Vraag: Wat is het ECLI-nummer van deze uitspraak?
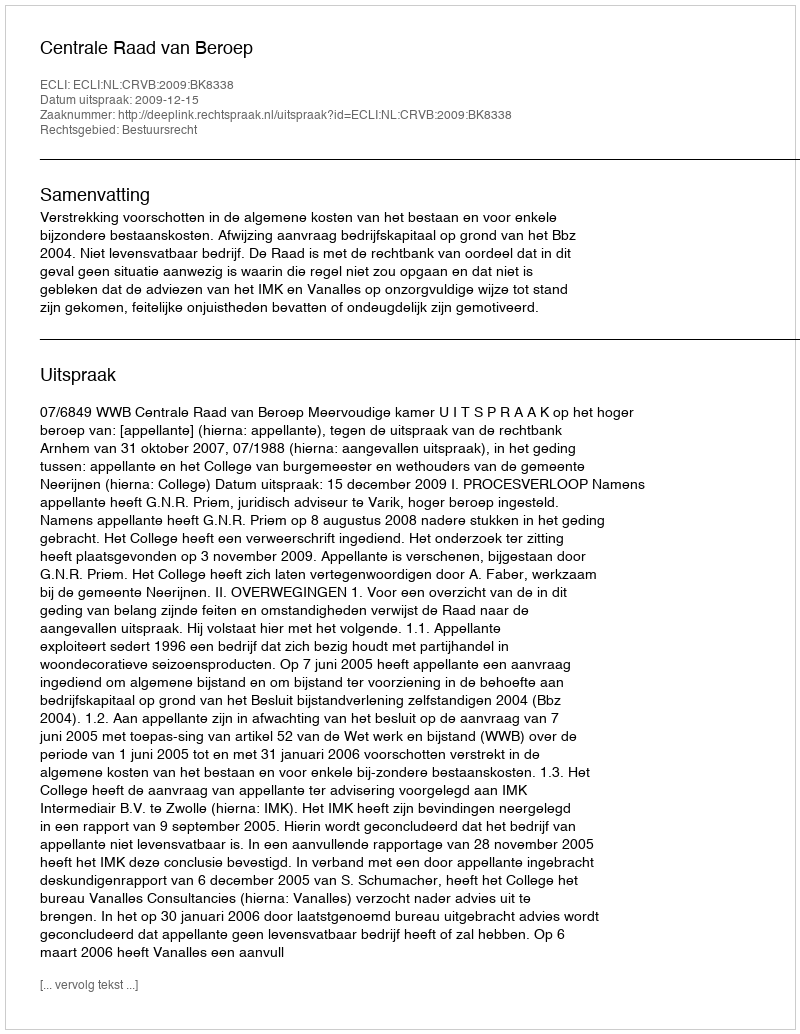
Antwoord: ECLI:NL:CRVB:2009:BK8338